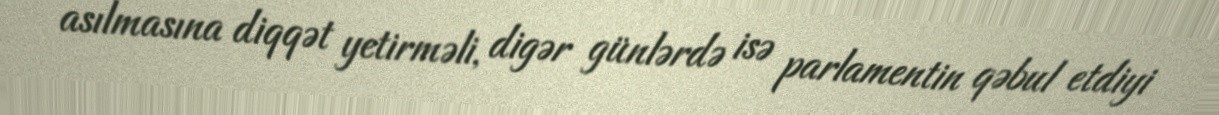
asılmasına diqqət yetirməli, digər günlərdə isə parlamentin qəbul etdiyi